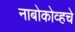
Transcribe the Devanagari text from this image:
नाबोकोव्हचे